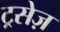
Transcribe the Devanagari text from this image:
ट्रसेज़